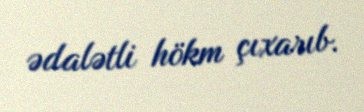
ədalətli hökm çıxarıb.